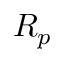
R _ { p }